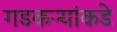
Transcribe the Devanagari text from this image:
गडकऱ्यांकडे